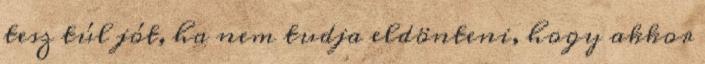
tesz túl jót, ha nem tudja eldönteni, hogy akkor